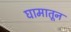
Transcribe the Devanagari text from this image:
घामातून